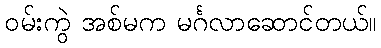
ဝမ်းကွဲ အစ်မက မင်္ဂလာဆောင်တယ်။